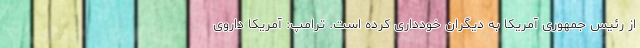
از رئیس جمهوری آمریکا به دیگران خودداری کرده است. ترامپ: آمریکا داروی